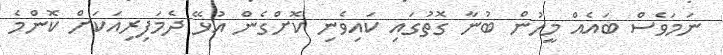
ނަމަވެސް ބައެއް މީހުން ބުނާ ގޮތުގައި ކައިވެނި ކޮށްގެން އުޅޭ ދެމަފިރިއަކަށް ކޮންމެ